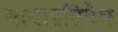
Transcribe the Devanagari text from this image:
बाघाप्रतिषेघ